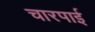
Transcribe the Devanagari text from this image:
चारपार्इ